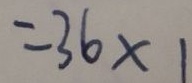
= 3 6 \times 1